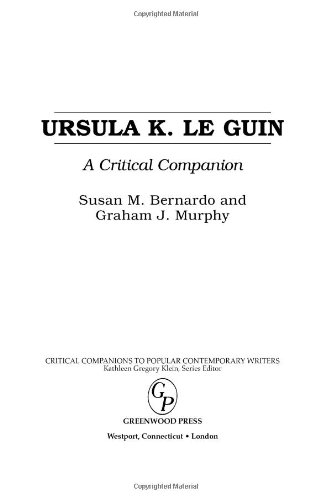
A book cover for Ursula K. Le Guin: A Critical Companion (Critical Companions to Popular Contemporary Writers); Susan M. Bernardo; Science Fiction & Fantasy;